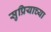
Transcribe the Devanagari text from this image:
सुप्रियाच्या